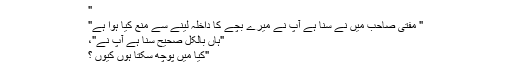
"
" مفتی صاحب میں نے سنا ہے آپ نے میرے بچے کا داخلہ لینے سے منع کیا ہوا ہے"
"ہاں بالکل صحیح سنا ہے آپ نے"،
"کیا میں پوچھ سکتا ہوں کیوں ؟